画像に写った文字を読んでください
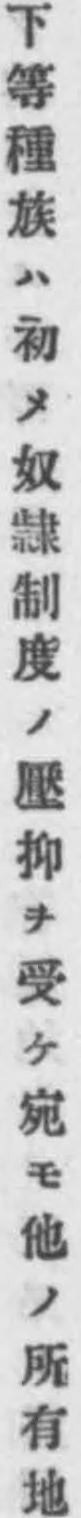
「下等種族ハ初メ奴隷制度ノ壓抑ヲ受ケ宛モ他ノ所有地」と書いてあります